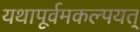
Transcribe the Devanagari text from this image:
यथापूर्वमकल्पयत्